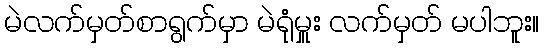
မဲလက်မှတ်စာရွက်မှာ မဲရုံမှူး လက်မှတ် မပါဘူး။